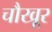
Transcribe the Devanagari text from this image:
चौखूर